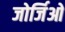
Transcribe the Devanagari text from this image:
जोर्जिओ